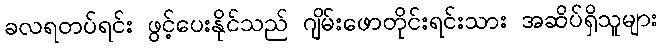
ခလရတပ်ရင်း ဖွင့်ပေးနိုင်သည် ဂျိမ်းဖောတိုင်းရင်းသား အဆိပ်ရှိသူများ